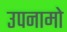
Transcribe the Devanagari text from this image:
उपनामो